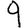
Digit: 9